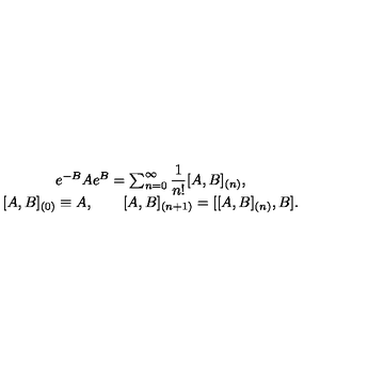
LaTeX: \begin{array} { c } { e ^ { - B } A e ^ { B } = \sum _ { n = 0 } ^ { \infty } \displaystyle \frac 1 { n ! } [ A , B ] _ { ( n ) } , } \\ { { } [ A , B ] _ { ( 0 ) } \equiv A , \qquad [ A , B ] _ { ( n + 1 ) } = [ [ A , B ] _ { ( n ) } , B ] . } \\ \end{array}